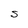
Character: S